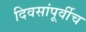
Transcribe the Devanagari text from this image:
दिवसांपूर्वीच